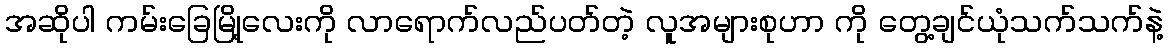
အဆိုပါ ကမ်းခြေမြို့လေးကို လာရောက်လည်ပတ်တဲ့ လူအများစုဟာ ကို တွေ့ချင်ယုံသက်သက်နဲ့